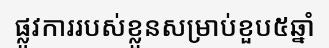
ផ្លូវការរបស់ខ្លួនសម្រាប់ខួប៥ឆ្នាំ